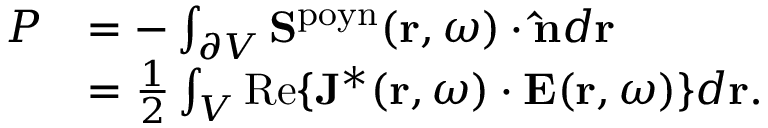
\begin{array} { r l } { P } & { = - \int _ { \partial V } \mathbf { S } ^ { \mathrm { p o y n } } ( \mathbf { r } , \omega ) \cdot \mathbf { \hat { n } } d \mathbf { r } } \\ & { = \frac { 1 } { 2 } \int _ { V } \mathrm { R e } \{ \mathbf { J } ^ { * } ( \mathbf { r } , \omega ) \cdot \mathbf { E } ( \mathbf { r } , \omega ) \} d \mathbf { r } . } \end{array}